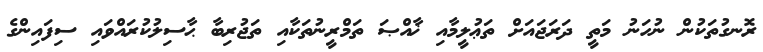
ރޮނގުތަކުން ނުހަނު މަތީ ދަރަޖައަށް ތަޢުލީމާއި ޚާއްޞަ ތަމްރީނުތަކާއި ތަޖުރިބާ ޙާސިލުކުރައްވައި ސިފައިންގެ